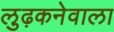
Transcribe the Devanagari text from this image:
लुढ़कनेवाला